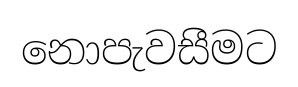
නොපැවසීමට